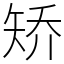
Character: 矫